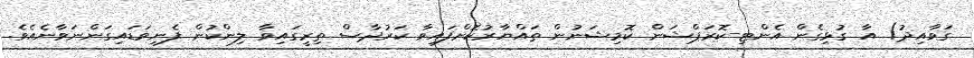
ގަވާއިދު) އާ ގުޅިގެން އެންޓި-ކޮރަޕްޝަން ކޮމިޝަނުން ތައްޔާރުކޮށްފައިވާ ކަރުދާސް ތިރީގައިވާ ލިންކުން ފެނިވަޑައިގަންނަވާނެއެވެ.